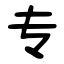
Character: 专